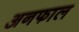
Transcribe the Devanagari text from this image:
अनफाल